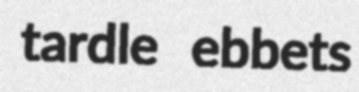
tardle ebbets